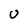
Character: U